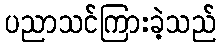
ပညာသင်ကြားခဲ့သည်